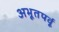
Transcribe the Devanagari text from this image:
अभूतपर्वू